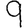
Digit: 9